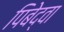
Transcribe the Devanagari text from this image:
पिबेद्वा